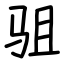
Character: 驵